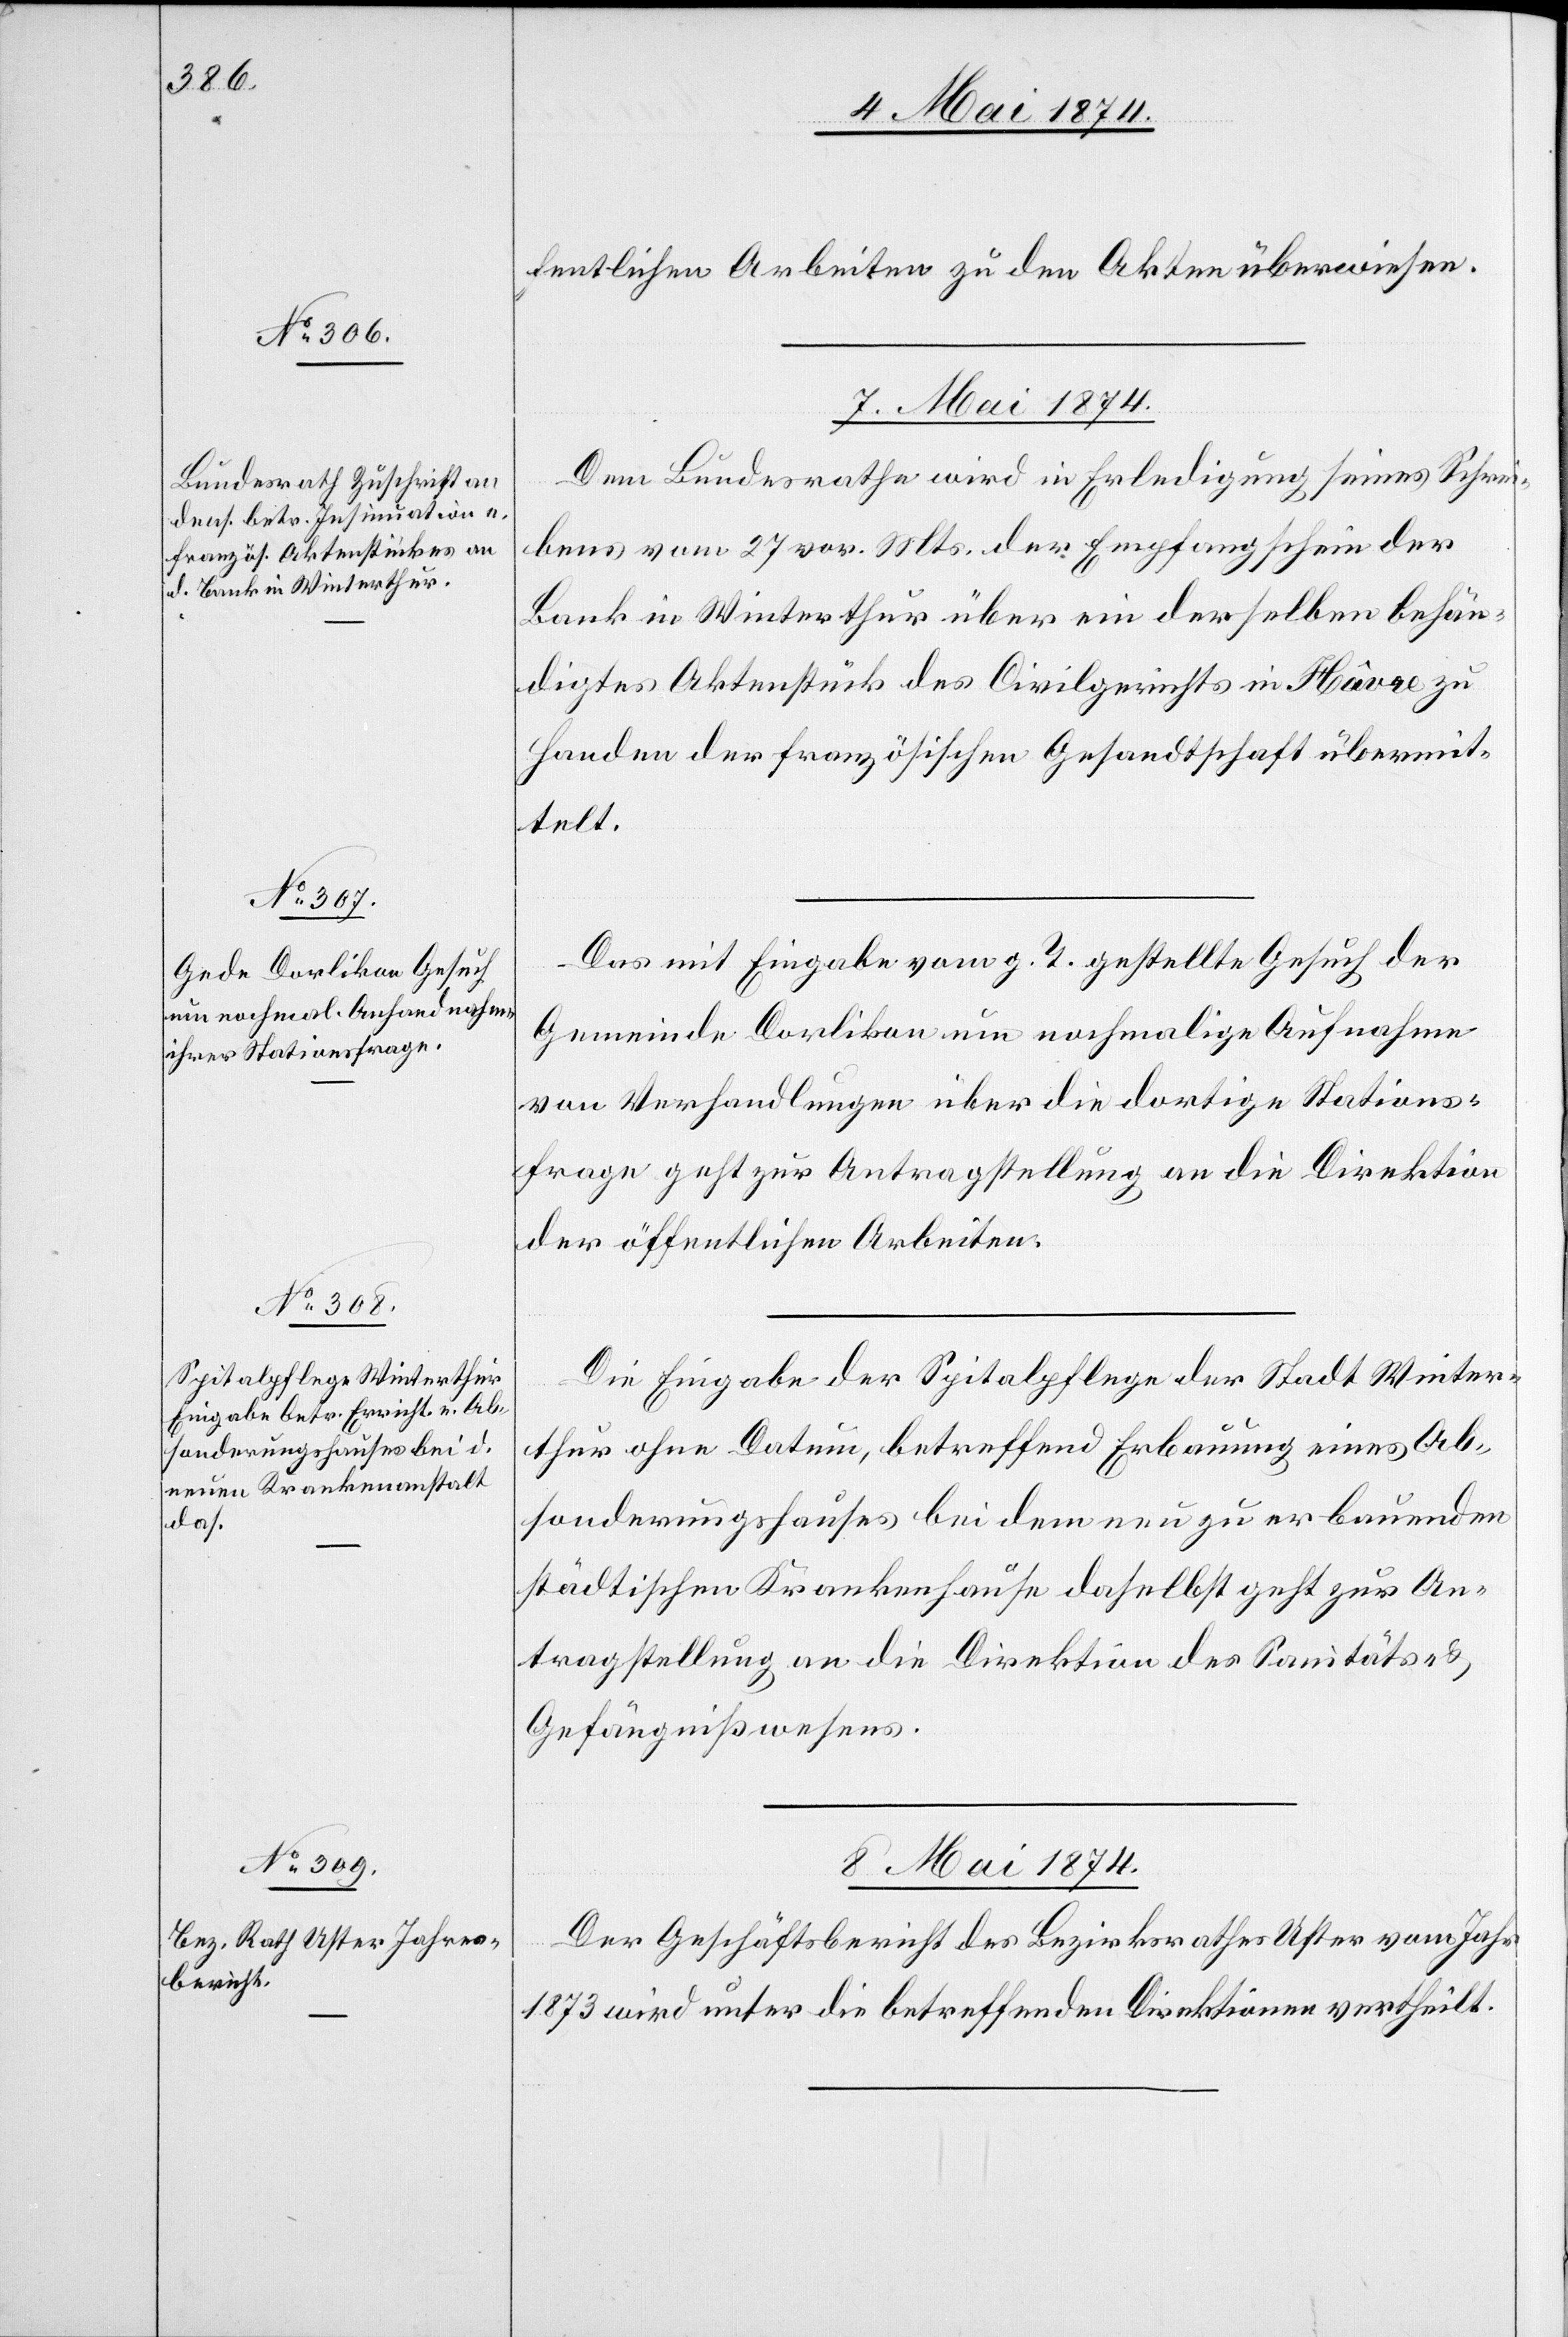
fentlichen Arbeiten zu den Akten überwiesen.
7. Mai 1874.]
Dem Bundesrathe wird in Erledigung seines Schrei¬
bens vom 27. vor. Mts. der Empfangschein der
Bank in Winterthur über ein derselben behän¬
digtes Aktenstück des Civilgerichts in Hâvre zu
Handen der französischen Gesandtschaft übermit¬
telt.
Das mit Eingabe vom g. T. gestellte Gesuch der
Gemeinde Dorlikon um nochmalige Aufnahme
von Verhandlungen über die dortige Stations¬
frage geht zur Antragstellung an die Direktion
der öffentlichen Arbeiten.
Die Eingabe der Spitalpflege der Stadt Winter¬
thur ohne Datum, betreffend Erbauung eines Ab¬
sonderungshauses bei dem neu zu erbauenden
städtischen Krankenhause daselbst geht zur An¬
tragstellung an die Direktion des Sanitäts- u.
Gefängnißwesens.
8. Mai 1874.
Der Geschäftsbericht des Bezirksrathes Uster vom Jahr
1873 wird unter die betreffenden Direktionen vertheilt.